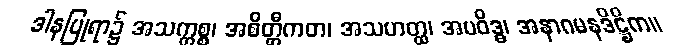
ဒါနပြုရာ၌ အသက္ကစ္စ၊ အစိတ္တီကတ၊ အသဟတ္ထ၊ အပဝိဒ္ဓ၊ အနာဂမနဒိဋ္ဌိက။